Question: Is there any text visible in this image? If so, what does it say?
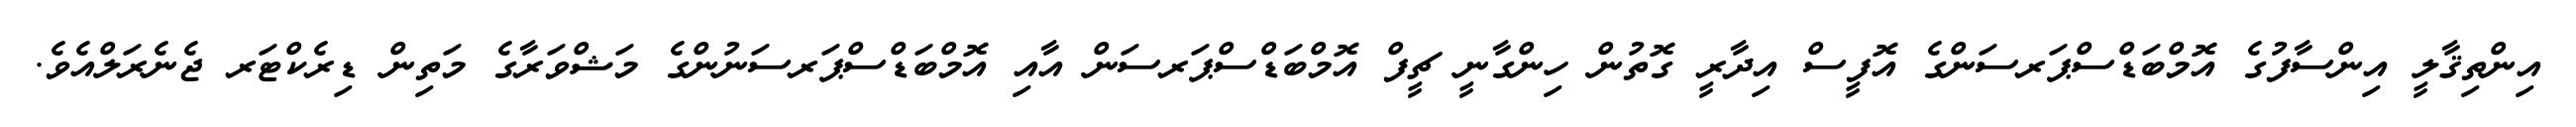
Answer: އިންތިޤާލީ އިންސާފުގެ އޮމްބަޑްސްޕަރސަންގެ އޮފީސް އިދާރީ ގޮތުން ހިންގާނީ ޗީފް އޮމްބަޑްސްޕަރސަން އާއި އޮމްބަޑްސްޕަރސަނުންގެ މަޝްވަރާގެ މަތިން ޑިރެކްޓަރ ޖެނެރަލްއެވެ.